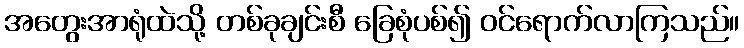
အတွေးအာရုံထဲသို့ တစ်ခုချင်းစီ ခြေစုံပစ်၍ ဝင်ရောက်လာကြသည်။